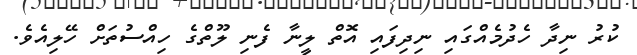
ކުރު ނިދާ ހެދުމެއްގައި ނިދިފައި އޮތް ލީނާ ފެނި ލޫތްގެ ހިއްސުތަށް ހޭލިއެވެ.